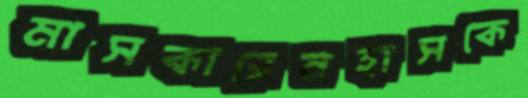
মাসকারেনহাসকে